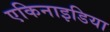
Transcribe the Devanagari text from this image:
एकिनाइडिया